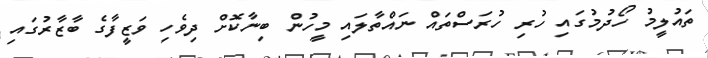
ތައުލީމު ހޯދުމުގައި ހުރި ހުރަސްތައް ނައްތާލައި މީހުން ބިނާކޮށް ދިވެހި ވަޒީފާގެ ބާޒާރުގައި